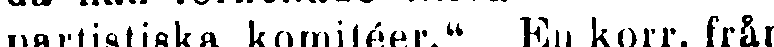
partistiska komitéer." En korr, från